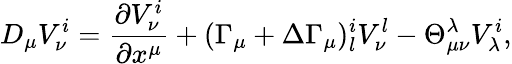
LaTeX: D_{\mu}V_{\nu}^{i}=\frac{\partial V_{\nu}^{i}}{\partial x^{\mu}}+(\Gamma_{\mu}+\Delta\Gamma_{\mu})_{l}^{i}V_{\nu}^{l}-\Theta_{\mu\nu}^{\lambda}V_{\lambda}^{i},